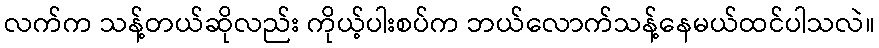
လက်က သန့်တယ်ဆိုလည်း ကိုယ့်ပါးစပ်က ဘယ်လောက်သန့်နေမယ်ထင်ပါသလဲ။